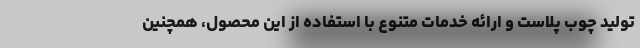
تولید چوب پلاست و ارائه خدمات متنوع با استفاده از این محصول، همچنین